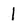
Character: 1